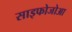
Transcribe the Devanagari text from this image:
साइफोजोआ